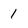
Character: 1